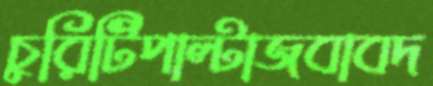
চুরিটিপাল্টাজবাবদ